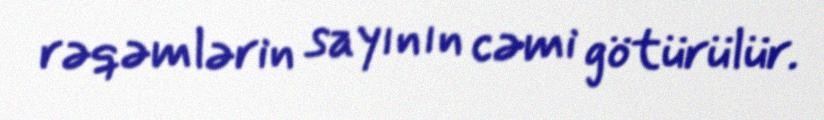
rəqəmlərin sayının cəmi götürülür.